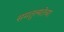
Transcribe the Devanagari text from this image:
समतुल्यतेच्या